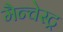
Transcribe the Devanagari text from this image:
मैन्चेस्ट्र